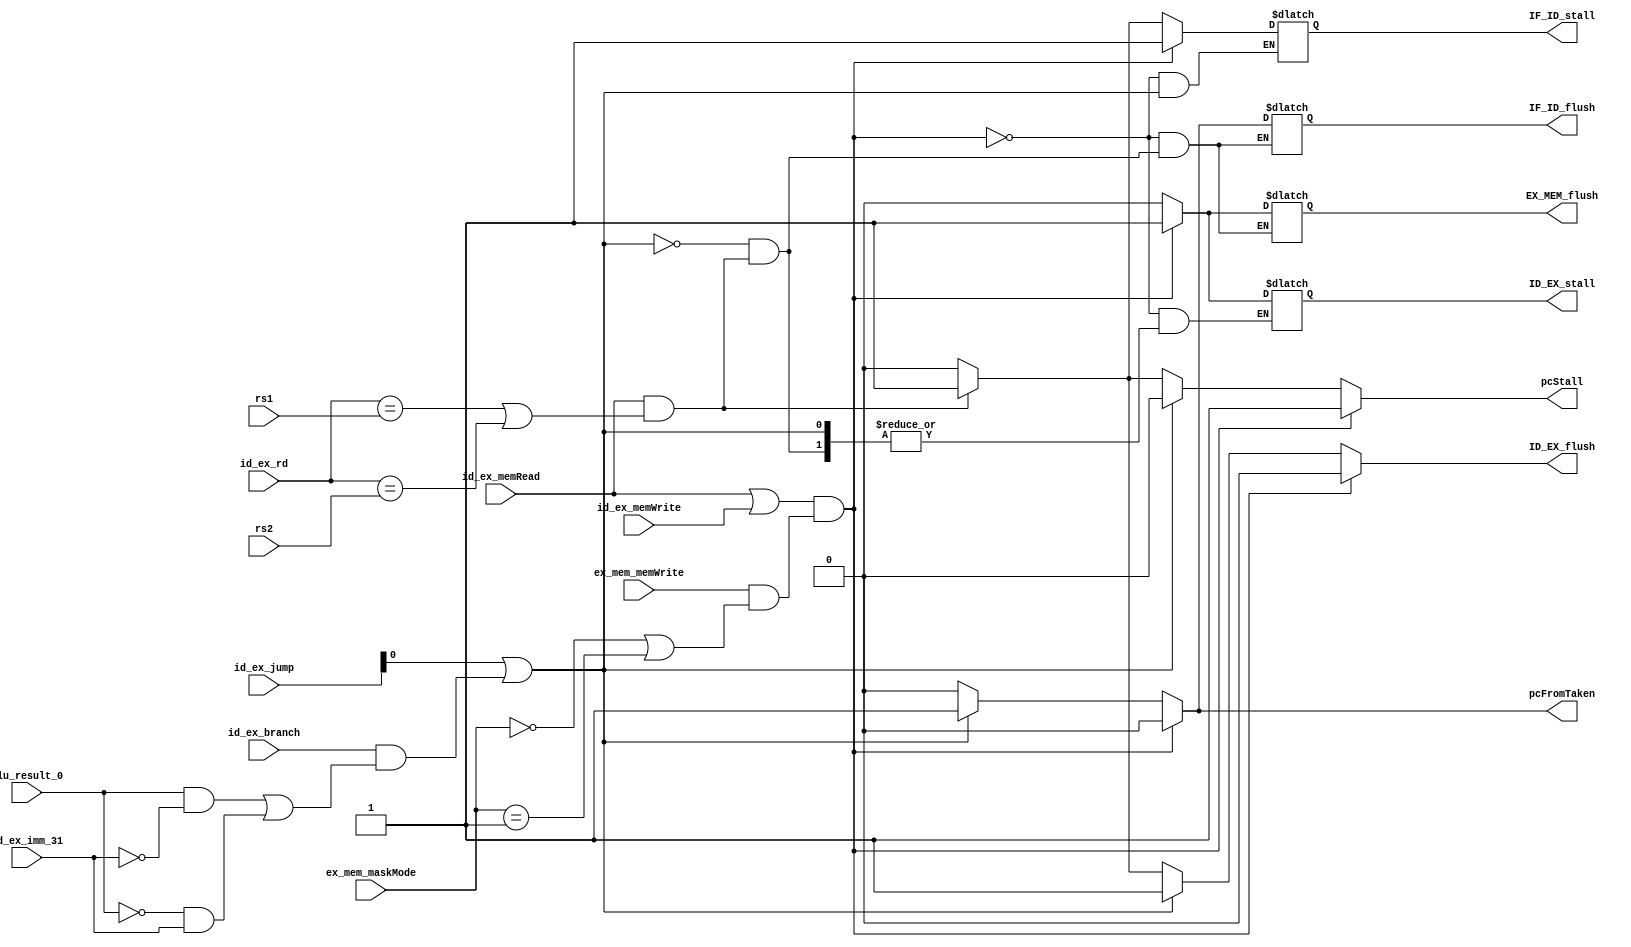
// 
module hazard (
  input  [4:0]  rs1,
  input  [4:0]  rs2,
  input         alu_result_0,
  input  [1:0]  id_ex_jump,
  input         id_ex_branch,
  input         id_ex_imm_31,
  input         id_ex_memRead,
  input         id_ex_memWrite,
  input  [4:0]  id_ex_rd,
  input  [1:0]  ex_mem_maskMode,
  input         ex_mem_memWrite,

  output reg    pcFromTaken,// pcFromTaken 
  output reg    pcStall,// pcStall 
  output reg    IF_ID_stall,// IF_ID_stall 
  output reg    ID_EX_stall,// ID_EX_stall 
  //  ID_EX_flushEX_MEM_flush  IF_ID_flush 
  output reg    ID_EX_flush,
  output reg    EX_MEM_flush,
  output reg    IF_ID_flush
);

  // branch_do ALU 
  wire branch_do = ((alu_result_0 & ~id_ex_imm_31) | (~alu_result_0 & id_ex_imm_31));
  // ex_mem_taken jumpbranch
  wire ex_mem_taken = id_ex_jump[0] | (id_ex_branch & branch_do);
  // id_ex_memAccess 
  wire id_ex_memAccess = id_ex_memRead | id_ex_memWrite; 
  // ex_mem_need_stall  sb  sh 
  wire ex_mem_need_stall = ex_mem_memWrite & (ex_mem_maskMode == 2'h0 | ex_mem_maskMode == 2'h1); 

  always @(*) begin
    // 
    //  Store Load  Store  RAM
    if(id_ex_memAccess && ex_mem_need_stall) begin
      pcFromTaken  <= 0;
      pcStall      <= 1;
      IF_ID_stall  <= 1;
      IF_ID_flush  <= 0;
      ID_EX_stall  <= 1;
      ID_EX_flush  <= 0;
      EX_MEM_flush <= 1;
    end
    //  PC 
    else if(ex_mem_taken) begin 
      pcFromTaken  <= 1;
      pcStall      <= 0; 
      IF_ID_flush  <= 1;
      ID_EX_flush  <= 1;
      EX_MEM_flush <= 0;
    end
    //  Load rs1  rs2  Load  ID _EX 
    else if(id_ex_memRead & (id_ex_rd == rs1 || id_ex_rd == rs2)) begin
      pcFromTaken <= 0;
      pcStall     <= 1;
      IF_ID_stall <= 1;
      ID_EX_flush <= 1;
    end
    
    else begin
      pcFromTaken    <= 0;  
      pcStall        <= 0; 
      IF_ID_stall    <= 0;
      ID_EX_stall    <= 0;
      ID_EX_flush    <= 0;
      EX_MEM_flush   <= 0;  
      IF_ID_flush    <= 0;
    end
  end

endmodule